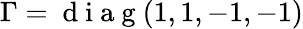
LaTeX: \Gamma=\mathrm{~d~i~a~g~}(1,1,-1,-1)